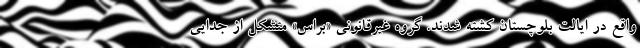
واقع در ایالت بلوچستان کشته شدند. گروه غیرقانونی «براس» متشکل از جدایی